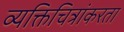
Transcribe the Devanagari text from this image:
व्यक्तिचित्रांकरता